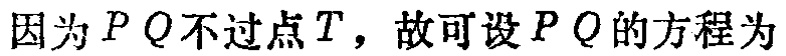
因为 \(PQ\) 不过点 \(T\)，故可设 \(PQ\) 的方程为